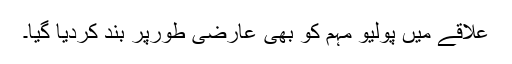
علاقے میں پولیو مہم کو بھی عارضی طورپر بند کردیا گیا۔